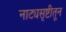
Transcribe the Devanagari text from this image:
नाट्यसृष्टीतून